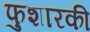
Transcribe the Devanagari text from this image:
फुशारकी